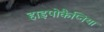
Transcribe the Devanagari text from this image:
हाइपोकैप्निया